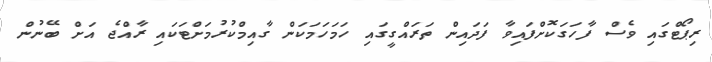
ރިޕޯޓްގައި ވެސް ފާހަގަކޮށްފައިވާ ފަދައިން ތަރައްގީގައި ހަމަހަމަކަން ގާއިމްކުރުމަށްޓަކައި ރާއްޖެ އަށް ބޭނުން